Report on sanitation, dispensaries, and jails in Rajputana for 1921, and on vaccination for the year 1921-1922 - 1921-1922
Year: 1921
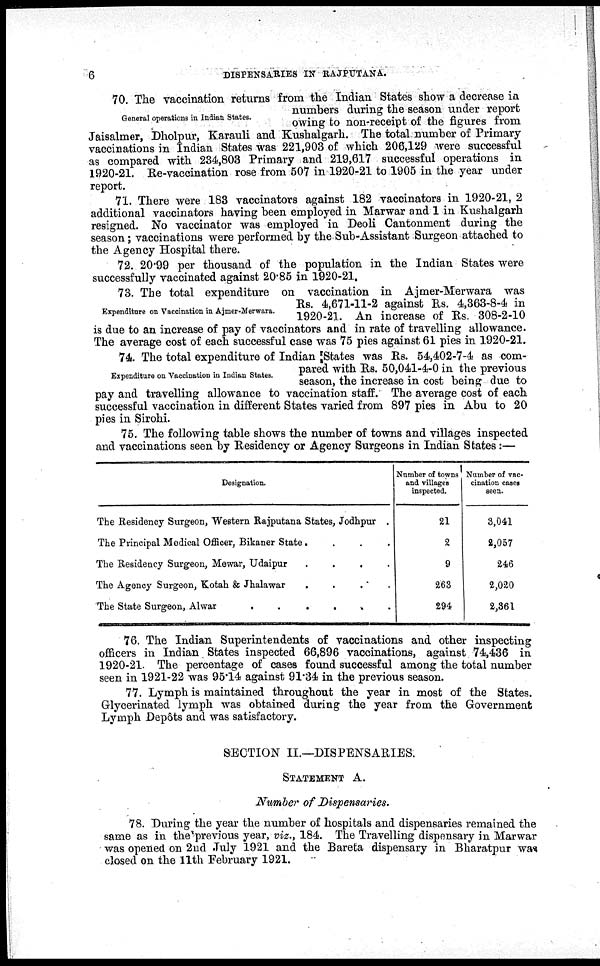
6
DISPENSARIES IN RAJPUTANA.
General operations in Indian States.
70. The vaccination returns from the Indian States show a decrease in
numbers during the season under report
owing to non-receipt of the figures from
Jaisalmer, Dholpur, Karauli and Kushalgarh. The total number of Primary
vaccinations in Indian States was 221,903 of which 206,129 were successful
as compared with 234,803 Primary and 219,617 successful operations in
1920-21. Re-vaccination rose from 507 in 1920-21 to 1905 in the year under
report.
71. There were 183 vaccinators against 182 vaccinators in 1920-21, 2
additional vaccinators having been employed in Marwar and 1 in Kushalgarh
resigned. No vaccinator was employed in Deoli Cantonment during the
season; vaccinations were performed by the Sub-Assistant Surgeon attached to
the Agency Hospital there.
72. 20.99 per thousand of the population in the Indian States were
successfully vaccinated against 20.85 in 1920-21.
Expenditure on Vaccination in Ajmer-Merwara.
73. The total expenditure on vaccination in Ajmer-Merwara was
Rs. 4,671-11-2 against Rs. 4,363-8-4 in
1920-21. An increase of Rs. 308-2-10
is due to an increase of pay of vaccinators and in rate of travelling allowance.
The average cost of each successful case was 75 pies against 61 pies in 1920-21.
Expenditure on Vaccination in Indian States.
74. The total expenditure of Indian [States was Rs. 54,402-7-4 as com-
pared with Rs. 50,041-4-0 in the previous
season, the increase in cost being due to
pay and travelling allowance to vaccination staff. The average cost of each
successful vaccination in different States varied from 897 pies in Abu to 20
pies in Sirohi.
75. The following table shows the number of towns and villages inspected
and vaccinations seen by Residency or Agency Surgeons in Indian States:—
Designation.
The Residency Surgeon, Western Rajputana States, Jodhpur.
The Principal Medical Officer, Bikaner State....
The Residency Surgeon, Mewar, Udaipur....
The Agency Surgeon, Kotah & Jhalawar....
The State Surgeon,
Alwar......
Number of towns
and villages
inspected.
21
2
9
263
294
Number of vac-
cination cases
seen.
3,041
2,057
246
2,020
2,861
76. The Indian Superintendents of vaccinations and other inspecting
officers in Indian. States inspected 66,896 vaccinations, against 74,436 in
1920-21. The percentage of cases found successful among the total number
seen in 1921-22 was 95.14 against 91.34 in the previous season.
77. Lymph is maintained throughout the year in most of the States.
Glycerinated lymph was obtained during the year from the Government
Lymph Depôts and was satisfactory.
SECTION II.—DISPENSARIES.
STATEMENT A.
Number of Dispensaries.
78. During the year the number of hospitals and dispensaries remained the
same as in the previous year, viz., 184. The Travelling dispensary in Marwar
was opened on 2nd July 1921 and the Bareta dispensary in Bharatpur was
closed on the 11th February 1921.